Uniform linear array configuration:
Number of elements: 12
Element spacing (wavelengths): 1
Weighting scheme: uniform
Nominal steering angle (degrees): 30
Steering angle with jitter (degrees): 28.224
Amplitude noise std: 0.05
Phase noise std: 0.05

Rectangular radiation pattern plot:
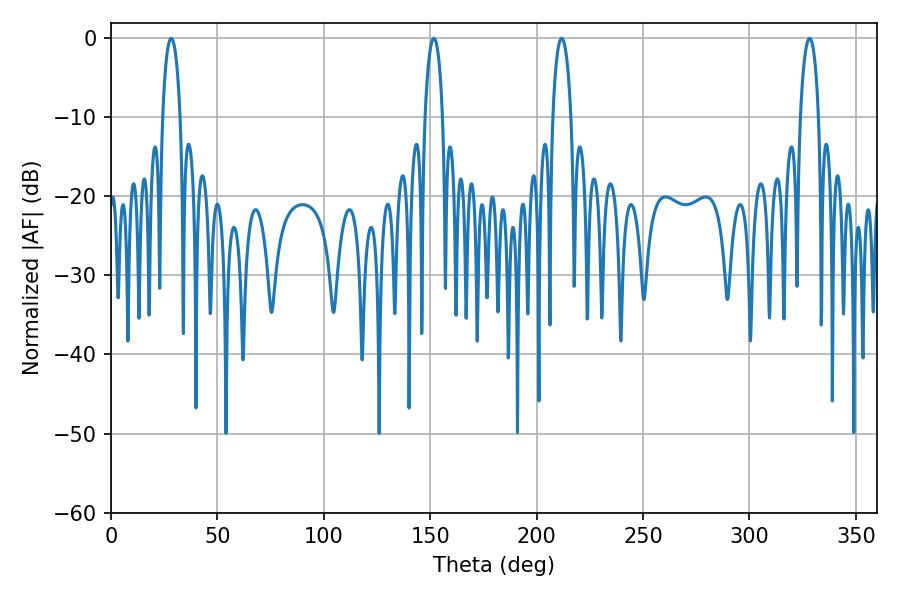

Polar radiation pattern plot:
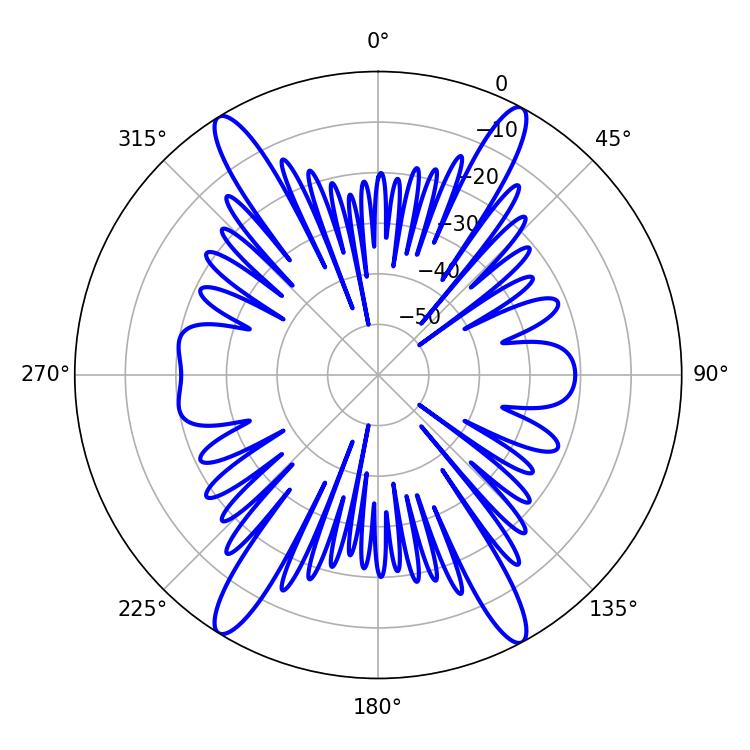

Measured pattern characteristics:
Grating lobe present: TRUE
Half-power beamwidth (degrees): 4.68
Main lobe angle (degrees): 28.26